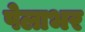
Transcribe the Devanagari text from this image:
पेलाभर